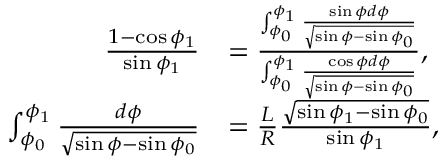
\begin{array} { r l } { \frac { 1 - \cos \phi _ { 1 } } { \sin \phi _ { 1 } } } & { = \frac { \int _ { \phi _ { 0 } } ^ { \phi _ { 1 } } \frac { \sin \phi d \phi } { \sqrt { \sin \phi - \sin \phi _ { 0 } } } } { \int _ { \phi _ { 0 } } ^ { \phi _ { 1 } } \frac { \cos \phi d \phi } { \sqrt { \sin \phi - \sin \phi _ { 0 } } } } , } \\ { \int _ { \phi _ { 0 } } ^ { \phi _ { 1 } } \frac { d \phi } { \sqrt { \sin \phi - \sin \phi _ { 0 } } } } & { = \frac { L } { R } \frac { \sqrt { \sin \phi _ { 1 } - \sin \phi _ { 0 } } } { \sin \phi _ { 1 } } , } \end{array}